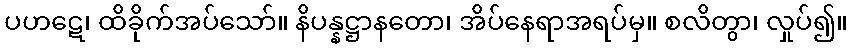
ပဟဋေ၊ ထိခိုက်အပ်သော်။ နိပန္နဋ္ဌာနတော၊ အိပ်နေရာအရပ်မှ။ စလိတွာ၊ လှုပ်၍။